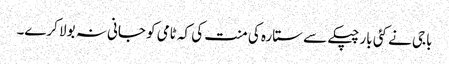
باجی نے کئی بار چپکے سے ستارہ کی منت کی کہ ٹامی کو جانی نہ بولا کرے۔